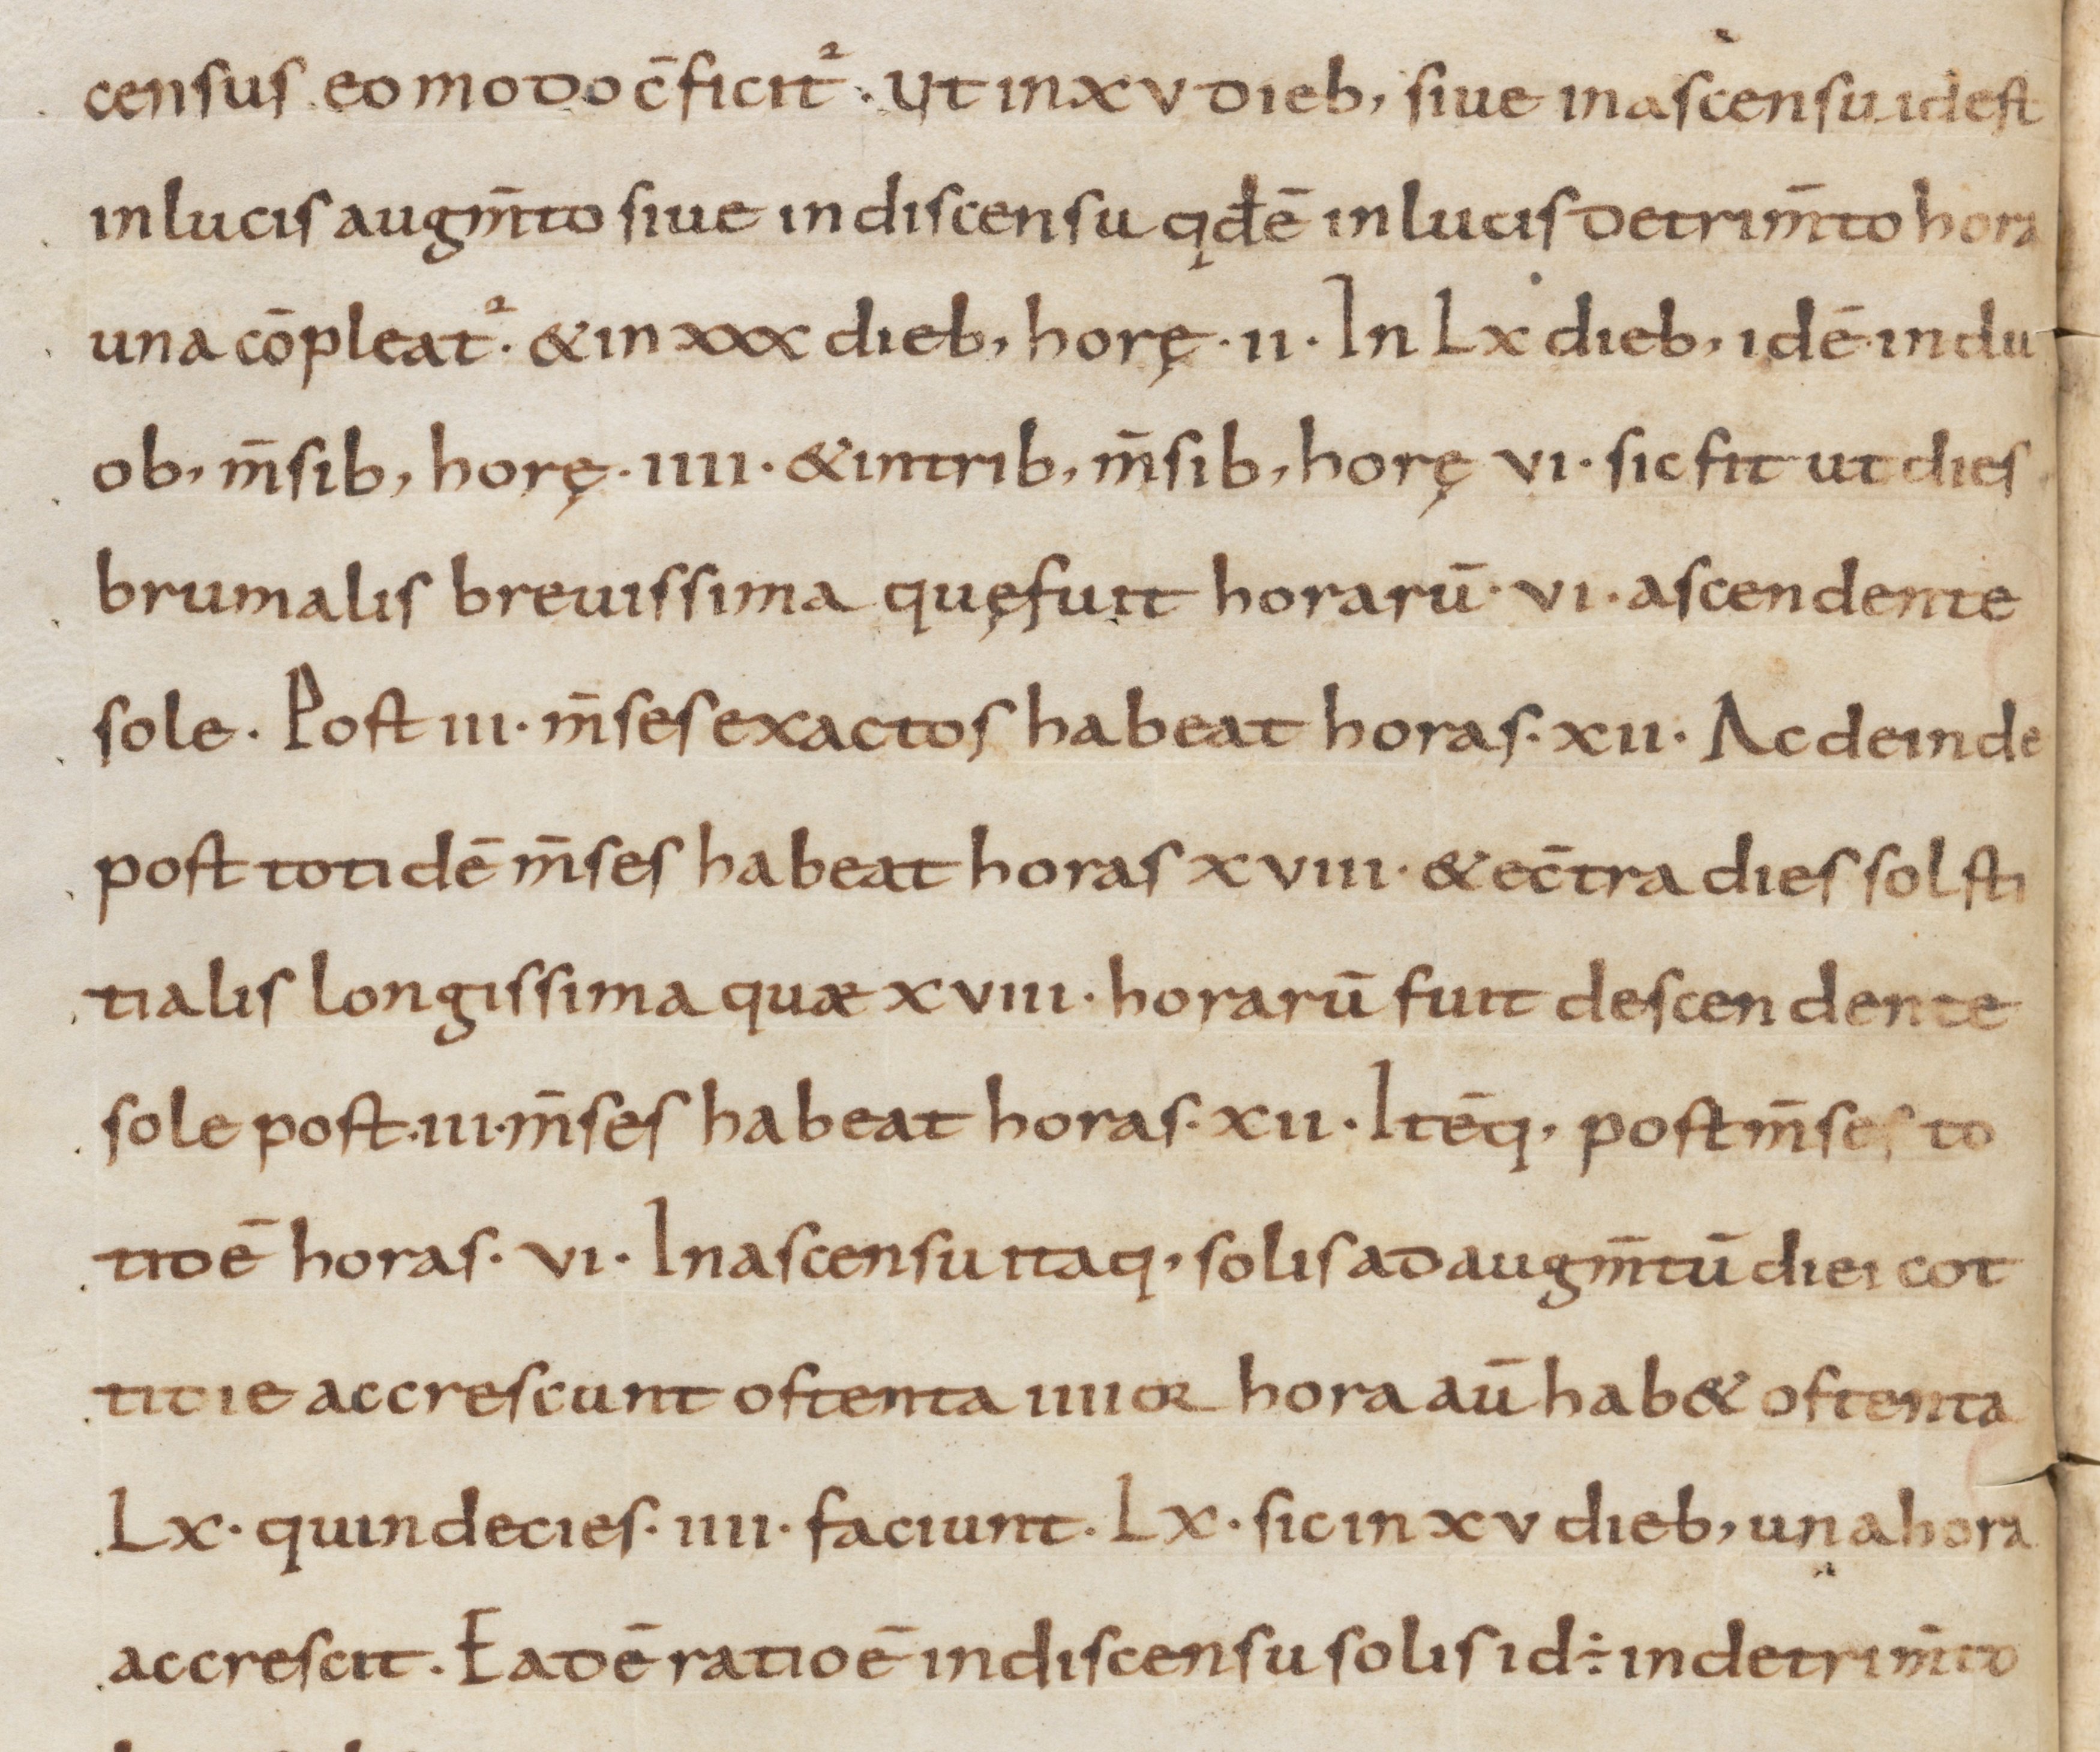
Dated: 800–1299